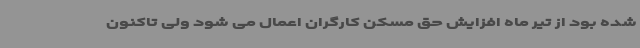
شده بود از تیر ماه افزایش حق مسکن کارگران اعمال می شود ولی تاکنون